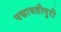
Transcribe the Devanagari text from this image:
पद्मावतीपुरी